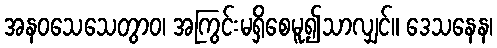
အနဝသေသေတွာဝ၊ အကြွင်းမရှိစေမူ၍သာလျှင်။ ဒေသနေန၊